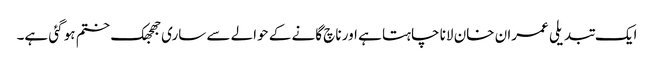
ایک تبدیلی عمران خان لانا چاہتا ہے اور ناچ گانے کے حوالے سے ساری جھجھک ختم ہو گئی ہے۔